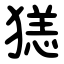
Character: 㺊